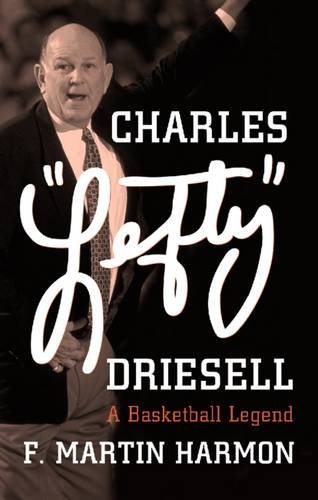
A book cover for Charles "Lefty" Driesell: A Basketball Legend; F. Martin Harmon; Biographies & Memoirs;